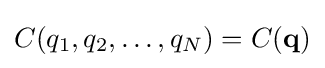
C(q_{1},q_{2},\ldots ,q_{N})=C(\mathbf {q} )